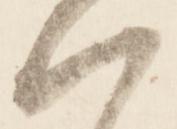
ハ